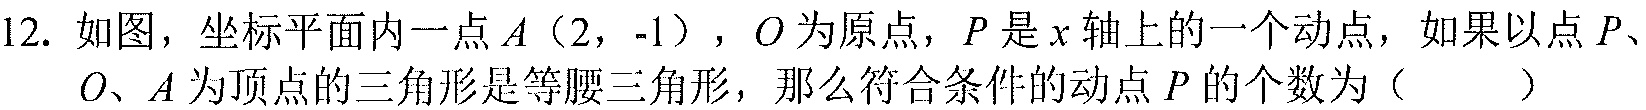
12. 如图，坐标平面内一点 \(A\ (2,-1)\)，\(O\) 为原点，\(P\) 是 \(x\) 轴上的一个动点，如果以点 \(P\)、
\(O\)、\(A\) 为顶点的三角形是等腰三角形，那么符合条件的动点 \(P\) 的个数为（  ）